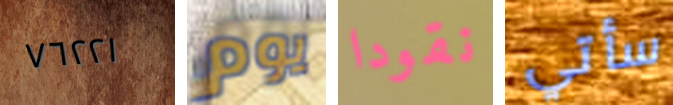
٧٦٢٢١ يوم نقودا سأتي